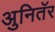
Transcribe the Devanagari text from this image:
अुनितॅर